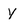
Character: Y